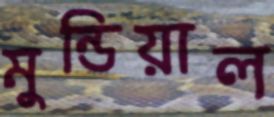
মুন্ডিয়াল